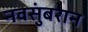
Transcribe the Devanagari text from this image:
नवसुंबरान